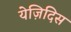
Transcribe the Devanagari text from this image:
येज़िदिस